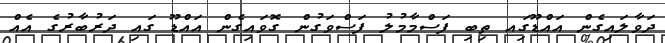
ދަވާލައިގެން އައްޑޫގަިއ ތިބި ފަސްމާމުލު ފަސްވަގުން ގޮވައިގެން އައްޑޫ ގައި ދަރުބާރުގެ އެއް